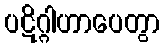
ပဋိဂ္ဂါဟာပေတွာ